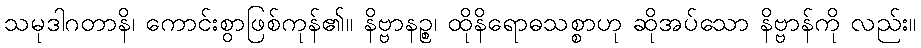
သမုဒါဂတာနိ၊ ကောင်းစွာဖြစ်ကုန်၏။ နိဗ္ဗာနဉ္စ၊ ထိုနိရောဓသစ္စာဟု ဆိုအပ်သော နိဗ္ဗာန်ကို လည်း။